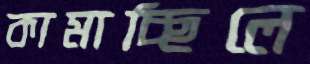
কামাচ্ছিলে